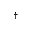
^ \dag